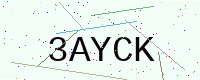
Text: 3AYCK